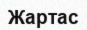
Жартас